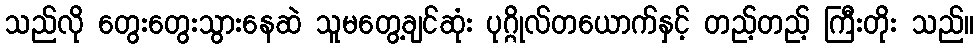
သည်လို တွေးတွေးသွားနေဆဲ သူမတွေ့ချင်ဆုံး ပုဂ္ဂိုလ်တယောက်နှင့် တည့်တည့် ကြီးတိုး သည်။